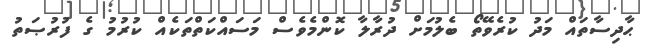
ޙާދިސާތައް މަދު ކުރެވޭތޯ ބެލުމަށް ދުރާލާ ކޮންމެވެސް މަސައްކަތްތަކެއް ކުރުމު ގެ ފުރުޞަތު